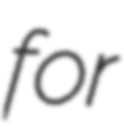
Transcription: for